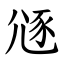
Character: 䝇